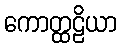
ကောတ္ထဠိယာ